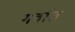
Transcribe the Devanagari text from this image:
गर्वात